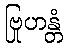
ဗြုဟန္တံ